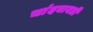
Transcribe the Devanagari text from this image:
चांदबावडी